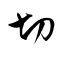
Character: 切